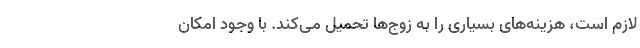
لازم است، هزینه‌های بسیاری را به زوج‌ها تحمیل می‌کند. با وجود امکان